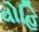
વોહિ